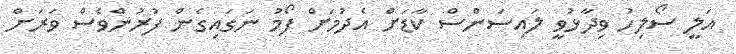
އަލީ ސޯލިހު ވިދާޅުވީ ލައިސަންސް ކާޑަށް އެދުމަށް ފޯމު ނަގައިގެން ފުރުންވެސް ވަރަށް